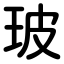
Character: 玻